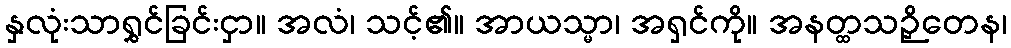
နှလုံးသာရွှင်ခြင်းငှာ။ အလံ၊ သင့်၏။ အာယသ္မာ၊ အရှင်ကို။ အနတ္ထသဉှိတေန၊